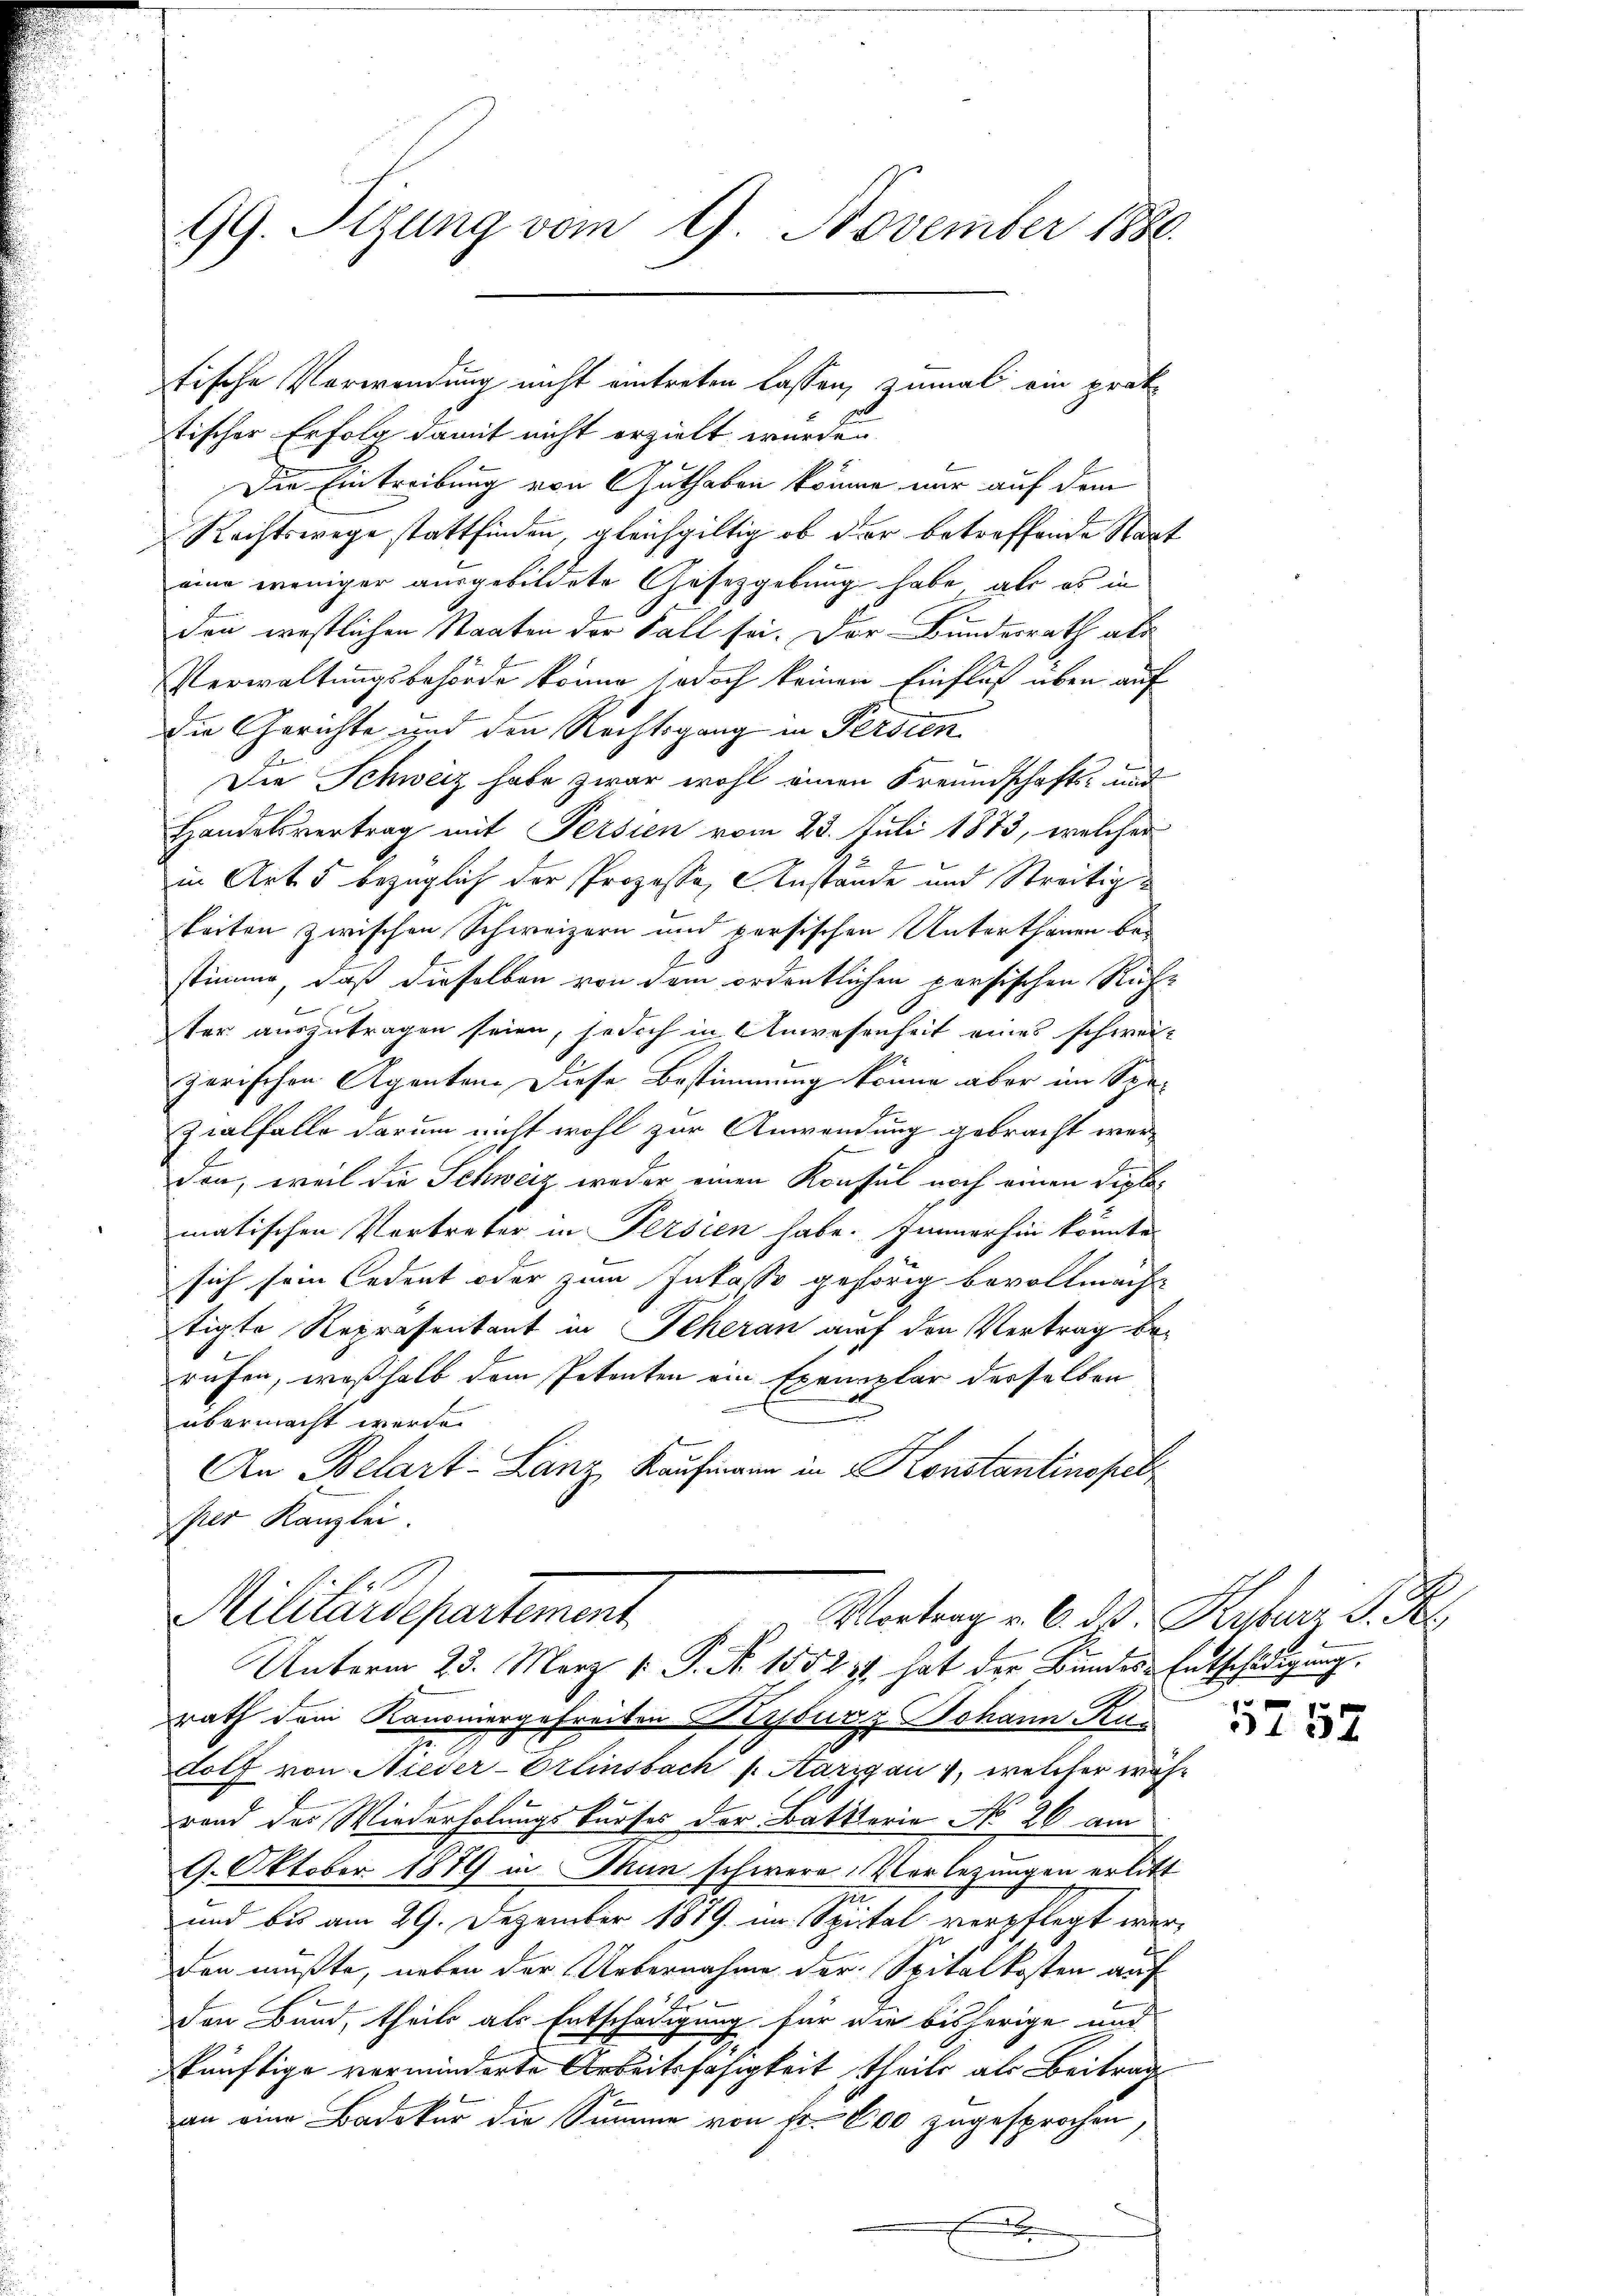
99. Sizung vom 9. November 1880

tischer Erfolg damit nicht erzielt wurden
Die Eintreibung von Guthaben könne mir auf dem
Rechtswege stattfinden, gleichgültig ob der betreffende Staat
eine weniger ausgebildete Gesetzgebung habe, als es in
den westlichen Staaten der Fall sei. Der Bundesrath als
Verwaltungsbehörde könne jedoch keinen Einfluß über auf
die Gerichte und den Rechtsgang in Persien
Die Schweiz habe zwar wohl einen Freundschafts- und
Handelsvertrag mit Persien vom 23. Juli 1873, welcher
in Art. 5 bezüglich der Prozessa, Anstände und Streitigkeiten zwischen Schweizern und persischen Unterthanen bei
.
stimme, daß dieselben von dem ordentlichen persischen Ruch-
ter auszutragen seien, jedoch in Anwesenheit eines schweizerischen Agenten. Diese Bestimmung könne aber im Spe¬
Zialfalle darum nicht wohl zur Anwendung gebracht werden, weil die Schweiz weder einen Konsul noch einen Diplomatischen Vortreter in Persien habe. Immerhin könnte
sich sein Cedent oder zum Inkasse gehörig bevollmacht
tigte Repräsentant in Scheran auf den Vertrag berufen, weßhalb dem Petenten ein Exemplar derselben
übermacht werde.
An Belart-Lanz Kaufmann in Konstantinopel
per Kanzlei.
.
Militärdepartement
Vortrag v. 6. d. Kyburz d. K
Unterm 23. März v. P. Nr. 1552 84 hat der Bundes-Entschädigung.
rath dem Kanoniergefreiten Kyburg Johann Ku
dolf von Nieder-Orlinsbach s. Aargau, welcher wäh-
rand des Wiederholungskurses der Batterie No 26 am
9. Oktober 1879 in Man schwere Vorlegungen erlitt
und bis am 29. Dezember 1879 im Spital verpflegt werden müßte, neben der Uebernahme der Spitalkosten auf
Den Bund, theils als Entschädigung für die bisherige und
künftige verminderte Arbeitsfähigkeit theils als Beitrag
an eine Badeker die Summe von fr. 800 zugesprochen
F

tische Verwendung nicht eintreten lassen, zumal ein prak¬

t